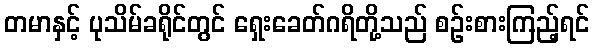
တမာနှင့် ပုသိမ်ခရိုင်တွင် ရှေးခေတ်ဂရိတို့သည် စဉ်းစားကြည့်ရင်